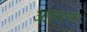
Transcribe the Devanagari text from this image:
आलरगन